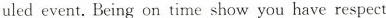
uled event.Being on time show you have respect